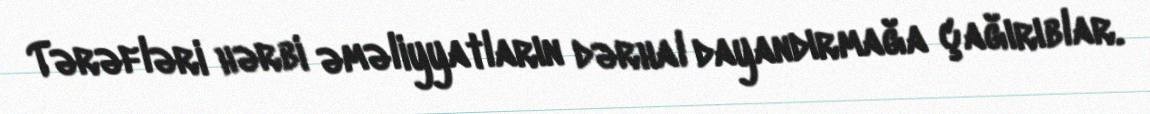
Tərəfləri hərbi əməliyyatların dərhal dayandırmağa çağırıblar.